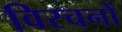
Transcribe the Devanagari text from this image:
विरचनों